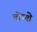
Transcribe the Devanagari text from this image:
तोप्शे